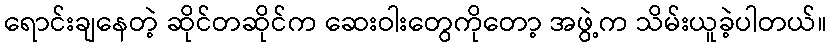
ရောင်းချနေတဲ့ ဆိုင်တဆိုင်က ဆေးဝါးတွေကိုတော့ အဖွဲ့က သိမ်းယူခဲ့ပါတယ်။